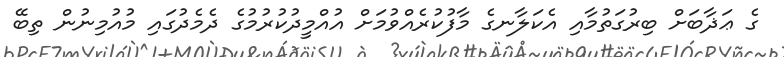
ގެ ޢަޛާބަށް ބިރުގަތުމާއި އެކަލާނގެ މާފުކުރެއްވުމަށް އުއްމީދުކުރުމުގެ ދެމެދުގައި މުއުމިނުން ތިބޭ